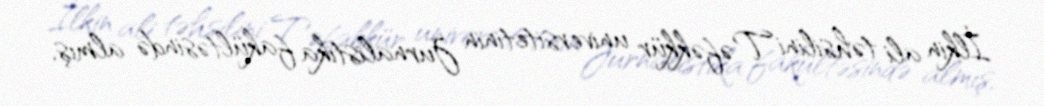
İlkin ali təhsilini Təfəkkür universitetinin Jurnalistika fakültəsində almış,